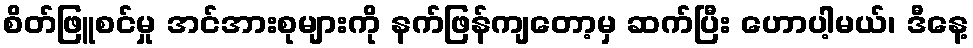
စိတ်ဖြူစင်မှု အင်အားစုများကို နက်ဖြန်ကျတော့မှ ဆက်ပြီး ဟောပါ့မယ်၊ ဒီနေ့